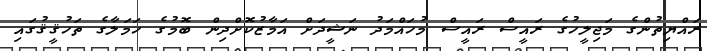
ރައްޔިތުންގެ މަޖިލީހުގެ ރައީސް ރައީސް މުހައްމަދު ނަޝީދަށް އަމާޒުކޮށްދިން ބޮމުގެ ހަަމަލާގެ ތަހުޤީޤުގައި